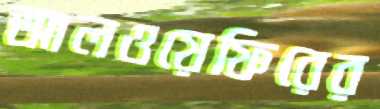
আলওয়েফিরের